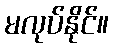
မလုပ်နိုင်။